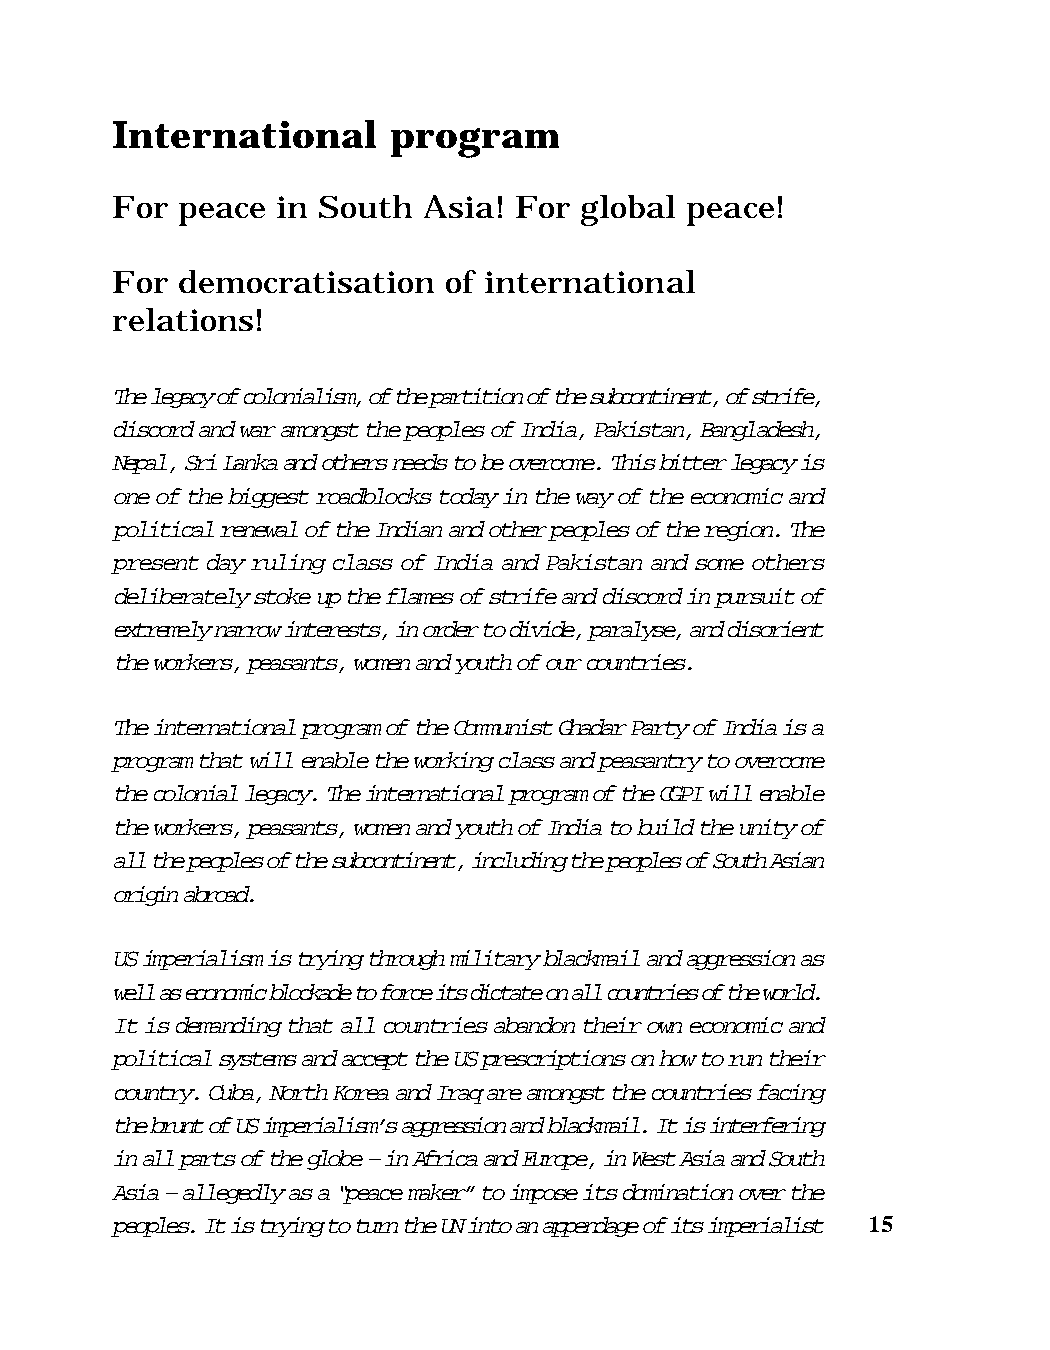
International      program
 For  peace in South  Asia! For global peace!
 For  democratisation  of international
 relations!
 The legacy of colonialism, of the partition of the subcontinent, of strife,
 discord and war amongst the peoples of India, Pakistan, Bangladesh,
 Nepal, Sri Lanka and others needs to be overcome. This bitter legacy is
 one of the biggest roadblocks today in the way of the economic and
 political renewal of the Indian and other peoples of the region. The
 present day ruling class of India and Pakistan and some others
 deliberately stoke up the flames of strife and discord in pursuit of
 extremely narrow interests, in order to divide, paralyse, and disorient
 the workers, peasants, women and youth of our countries.
 The international program of the Communist Ghadar Party of India is a
 program that will enable the working class and peasantry to overcome
 the colonial legacy. The international program of the CGPI will enable
 the workers, peasants, women and youth of India to build the unity of
 all the peoples of the subcontinent, including the peoples of South Asian
 origin abroad.
 US imperialism is trying through military blackmail and aggression as
 well as economic blockade to force its dictate on all countries of the world.
 It is demanding that all countries abandon their own economic and
 political systems and accept the US prescriptions on how to run their
 country. Cuba, North Korea and Iraq are amongst the countries facing
 the brunt of US imperialism’s aggression and blackmail. It is interfering
 in all parts of the globe – in Africa and Europe, in West Asia and South
 Asia – allegedly as a “peace maker” to impose its domination over the
 peoples. It is trying to turn the UN into an appendage of its imperialist 15